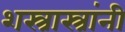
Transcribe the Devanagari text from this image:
शस्त्रास्त्रांनी